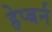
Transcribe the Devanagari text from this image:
हेप्बर्न